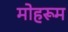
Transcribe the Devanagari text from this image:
मोहरूम